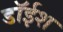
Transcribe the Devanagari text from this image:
डॉईश